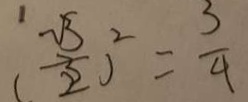
( \frac { \sqrt { 3 } } { 2 ^ { 3 } } ) ^ { 2 } = \frac { 3 } { 4 }